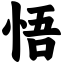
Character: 悟